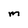
Character: m